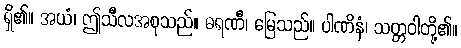
ရှိ၏။ အယံ၊ ဤသီလအစုသည်။ ဓရဏီ၊ မြေသည်။ ပါဏိနံ၊ သတ္တဝါတို့၏။